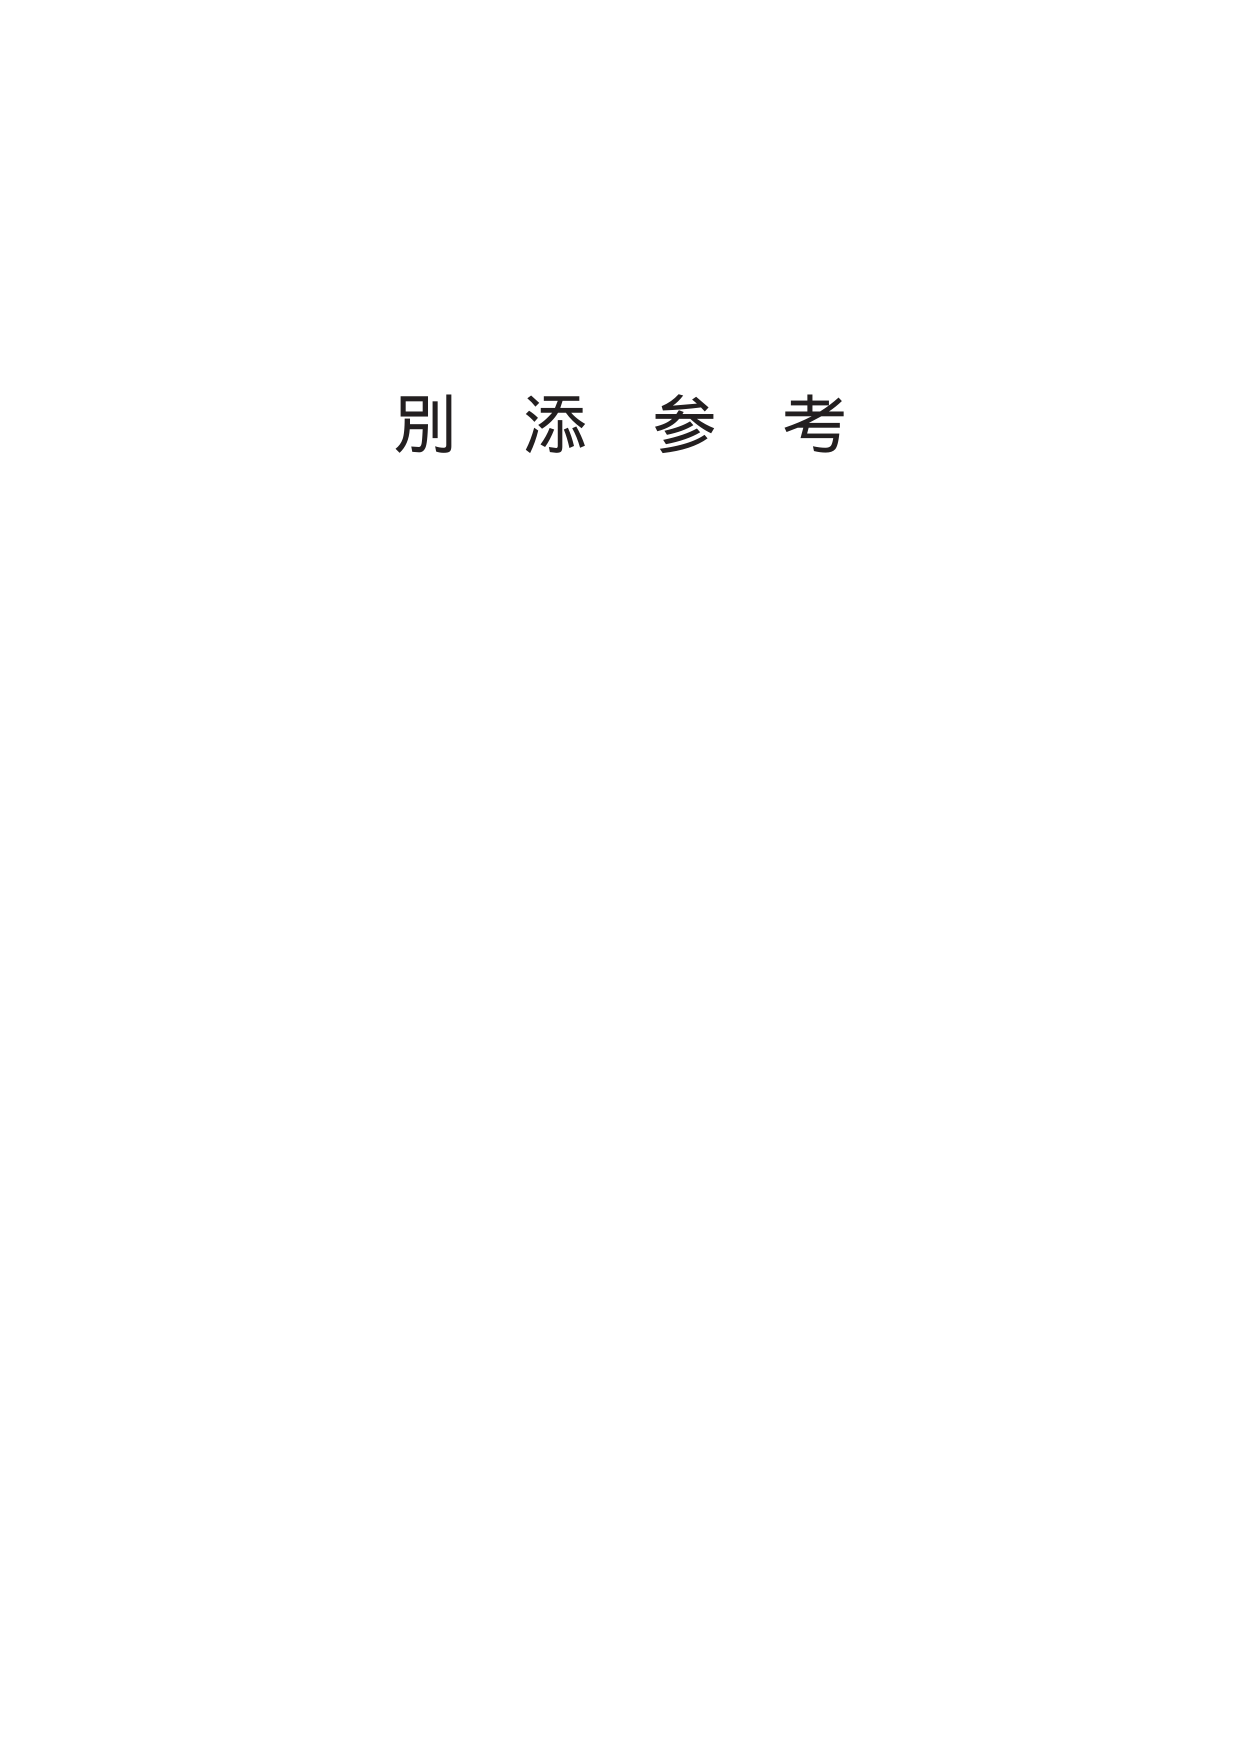
别 添 参 考